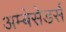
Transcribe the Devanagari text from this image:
अम्बेसेडर्स